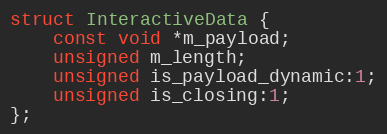
Language: C
struct InteractiveData {
    const void *m_payload;
    unsigned m_length;
    unsigned is_payload_dynamic:1;
    unsigned is_closing:1;
};